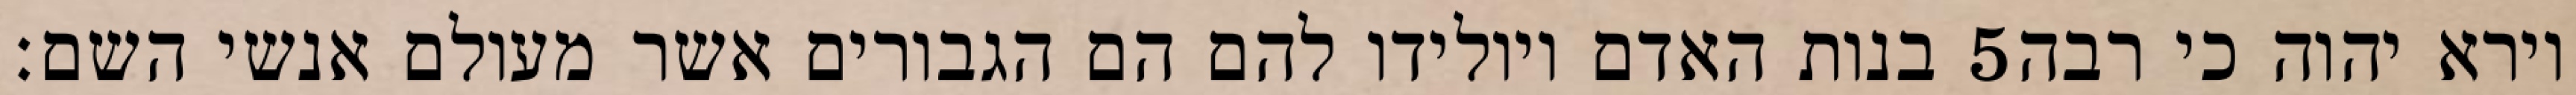
בנות האדם ויולידו להם הם הגבורים אשר מעולם אנשי השם׃ ‎5‏ וירא יהוה כי רבה